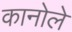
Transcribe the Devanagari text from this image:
कानोले